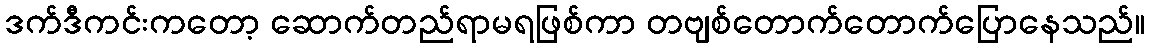
ဒက်ဒီကင်းကတော့ ဆောက်တည်ရာမရဖြစ်ကာ တဗျစ်တောက်တောက်ပြောနေသည်။